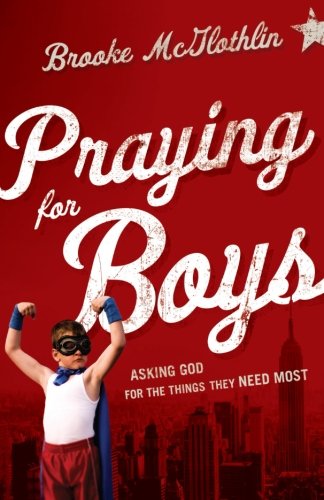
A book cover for Praying for Boys: Asking God for the Things They Need Most; Brooke McGlothlin; Parenting & Relationships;